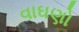
વાઘણો